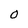
Character: o